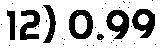
12) 0.99